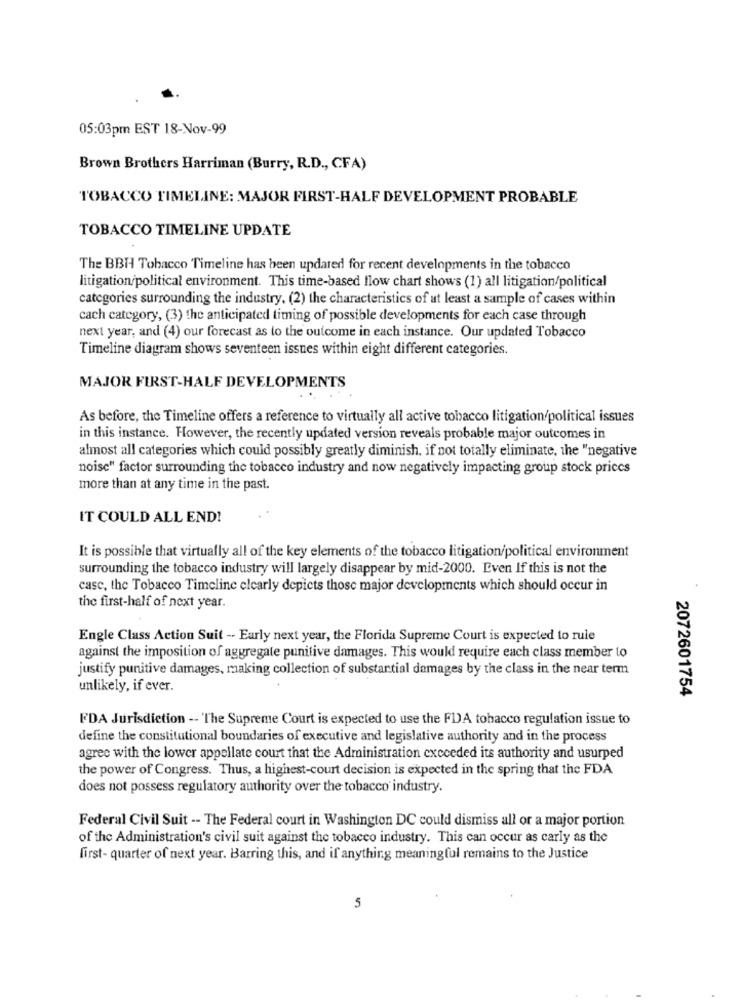
05:03pm EST 18-Nov-99
Brown Brothers Harriman (Burry, R.D ., CFA)
TOBACCO TIMELINE: MAJOR FIRST-HALF DEVELOPMENT PROBABLE
TOBACCO TIMELINE UPDATE
The BBH Tobacco Timeline has been updated for recent developments in the tobacco
litigation/political environment. This time-based flow chart shows (1) all litigation/political
categories surrounding the industry, (2) the characteristics of at least a sample of cases within
cach category, (3) the anticipated timing of possible developments for each case through
next year, and (4) our forecast as to the outcome in each instance. Our updated Tobacco
Timeline diagram shows seventeen issues within eight different categories.
MAJOR FIRST-HALF DEVELOPMENTS
As before, the Timeline offers a reference to virtually all active tobacco litigation/political issues
in this instance. However, the recently updated version reveals probable major outcomes in
almost all categories which could possibly greatly diminish, if not totally eliminate, the "negative
noise" factor surrounding the tobacco industry and now negatively impacting group stock prices
more than at any time in the past.
IT COULD ALL END!
It is possible that virtually all of the key elements of the tobacco litigation/political environment
surrounding the tobacco industry will largely disappear by mid-2000. Even If this is not the
case, the Tobacco Timeline clearly depicts those major developments which should occur in
the first-half of next year.
Engle Class Action Suit -- Early next year, the Florida Supreme Court is expected to rule
against the imposition of aggregate punitive damages. This would require each class member to
justify punitive damages, making collection of substantial damages by the class in the near term
unlikely, if ever.
2072601754
FDA Jurisdiction -- The Supreme Court is expected to use the FDA tobacco regulation issue to
define the constitutional boundaries of executive and legislative authority and in the process
agree with the lower appellate court that the Administration exceeded its authority and usurped
the power of Congress. Thus, a highest-court decision is expected in the spring that the FDA
does not possess regulatory authority over the tobacco industry.
Federal Civil Suit -- The Federal court in Washington DC could dismiss all or a major portion
of the Administration's civil suit against the tobacco industry. This can occur as carly as the
first- quarter of next year. Barring this, and if anything meaningful remains to the Justice
5